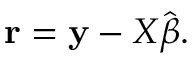
\mathbf { r } = \mathbf { y } - X { \hat { \boldsymbol { \beta } } } .